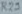
Text: R23